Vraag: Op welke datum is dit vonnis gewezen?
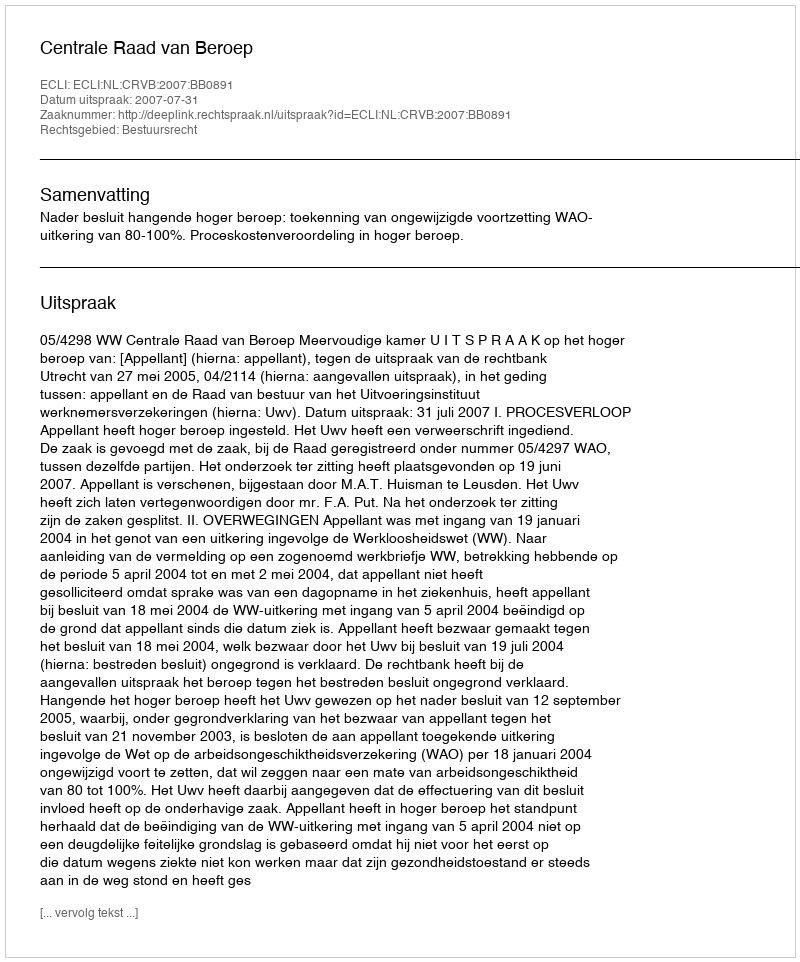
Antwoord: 2007-07-31